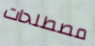
مصطلحات